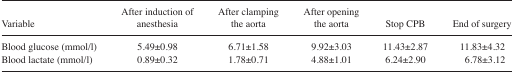
| Variable | After induction of anesthesia | After clamping the aorta | After opening the aorta | Stop CPB | End of surgery |
 | --- | --- | --- | --- | --- | --- |
 | Blood glucose (mmol/l) | 5.49±0.98 | 6.71±1.58 | 9.92±3.03 | 11.43±2.87 | 11.83±4.32 |
 | Blood lactate (mmol/l) | 0.89±0.32 | 1.78±0.71 | 4.88±1.01 | 6.24±2.90 | 6.78±3.12 |